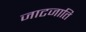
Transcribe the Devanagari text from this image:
जाटजाति